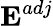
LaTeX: \textbf{E}^{adj}